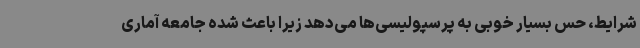
شرایط، حس بسیار خوبی به پرسپولیسی‌ها می‌دهد زیرا باعث شده جامعه آماری